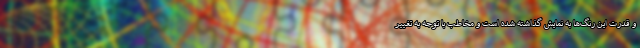
و قدرت اين رنگ‌ها به نمايش گذاشته شده است و مخاطب با توجه به تغيير